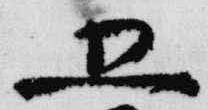
五